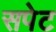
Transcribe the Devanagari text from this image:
सपेट